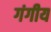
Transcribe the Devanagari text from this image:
गंगीय